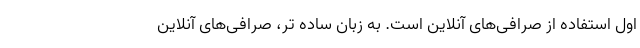
اول استفاده از صرافی‌های آنلاین است. به زبان ساده تر، صرافی‌های آنلاین